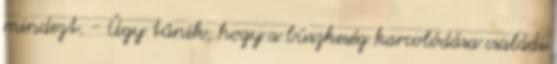
mindezt. - Úgy tűnik, hogy a büszkeség karcolódása családi